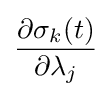
{\frac {\partial \sigma _{k}(t)}{\partial \lambda _{j}}}